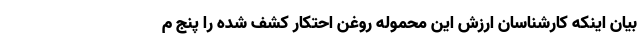
بیان اینکه کارشناسان ارزش این محموله روغن احتکار کشف شده را پنج م